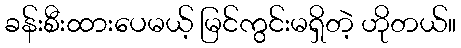
ခန်းစီးထားပေမယ့် မြင်ကွင်းမရှိတဲ့ ဟိုတယ်။